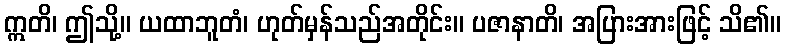
ဣတိ၊ ဤသို့။ ယထာဘူတံ၊ ဟုတ်မှန်သည်အတိုင်း။ ပဇာနာတိ၊ အပြားအားဖြင့် သိ၏။